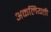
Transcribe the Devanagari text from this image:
अकलियती